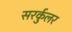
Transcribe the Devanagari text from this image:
सरर्कुलर